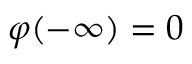
\varphi ( - \infty ) = 0